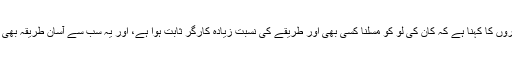
ڈاکٹروں کا کہنا ہے کہ کان کی لو کو مسلنا کسی بھی اور طریقے کی نسبت زیادہ کارگر ثابت ہوا ہے، اور یہ سب سے آسان طریقہ بھی ہے۔